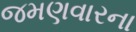
જમણવારના